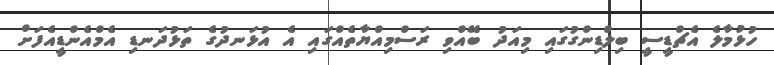
ހުޅުމާލެ އެޗްޑީސީ ބިލްޑިންގުގައި މިއަދު ބޭއްވި ރަސްމިއްޔާތެއްގައި އެ އުޅަނދުގެ ތަޅުދަނޑި އެމްއެންޑީއެފަށް